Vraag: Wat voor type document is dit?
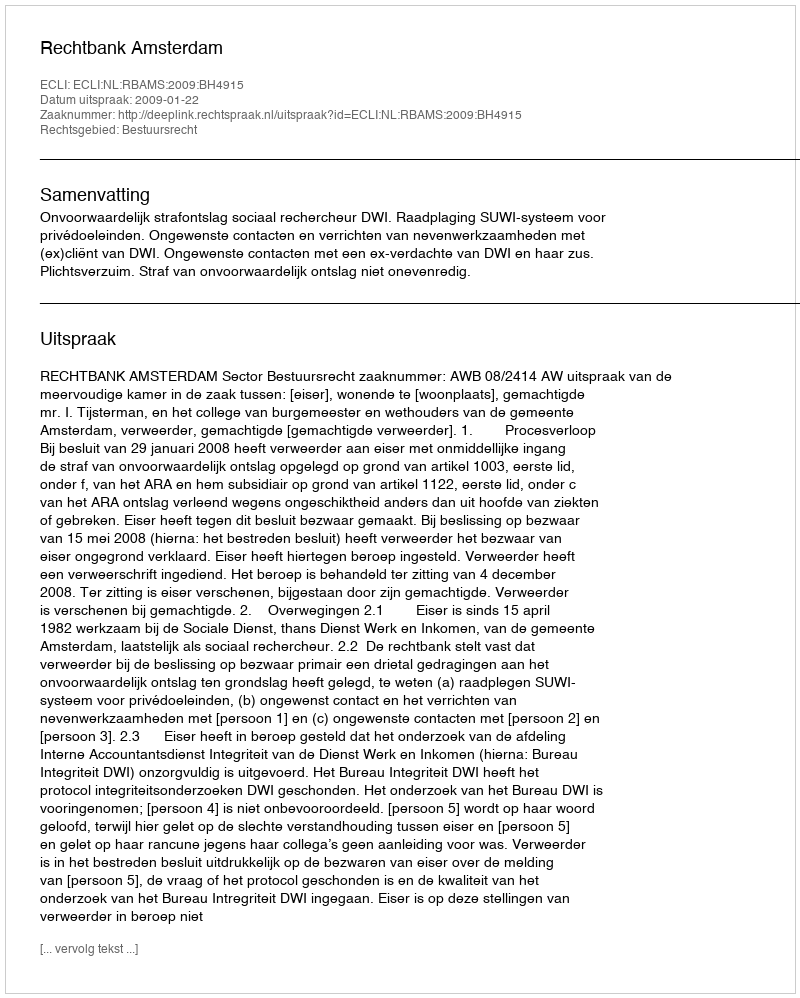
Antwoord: Uitspraak